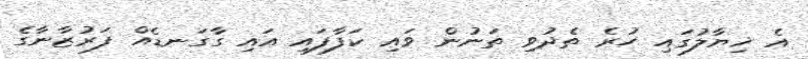
އެ ޚިޔާލުގައި ހުރެ ތެދުވި ތަނުން ވައި ކަފާފައި އައި ގާގަނޑެއް ފަރުޒާނާގެ